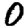
Digit: 0